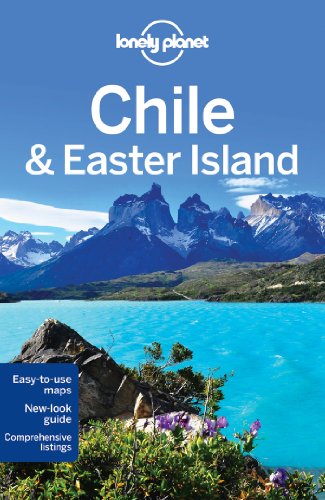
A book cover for Lonely Planet Chile & Easter Island (Travel Guide); Carolyn McCarthy; Travel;